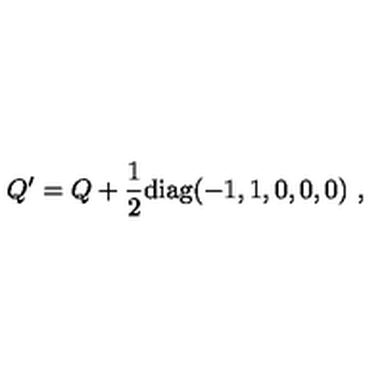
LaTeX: Q ^ { \prime } = Q + { \frac { 1 } { 2 } } \mathrm { d i a g } ( - 1 , 1 , 0 , 0 , 0 ) \ , \nonumber